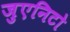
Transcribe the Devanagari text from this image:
जुएनिटो